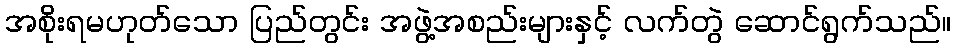
အစိုးရမဟုတ်သော ပြည်တွင်း အဖွဲ့အစည်းများနှင့် လက်တွဲ ဆောင်ရွက်သည်။